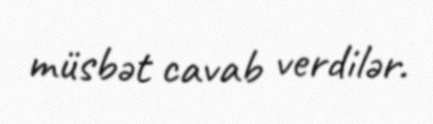
müsbət cavab verdilər.